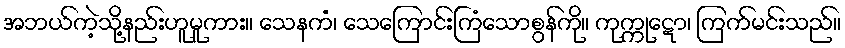
အဘယ်ကဲ့သို့နည်းဟူမူကား။ သေနကံ၊ သေကြောင်းကြံသောစွန်ကို။ ကုက္ကုဋော၊ ကြက်မင်းသည်။